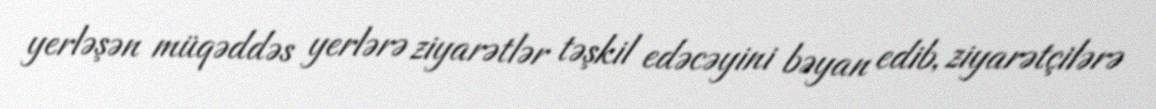
yerləşən müqəddəs yerlərə ziyarətlər təşkil edəcəyini bəyan edib, ziyarətçilərə